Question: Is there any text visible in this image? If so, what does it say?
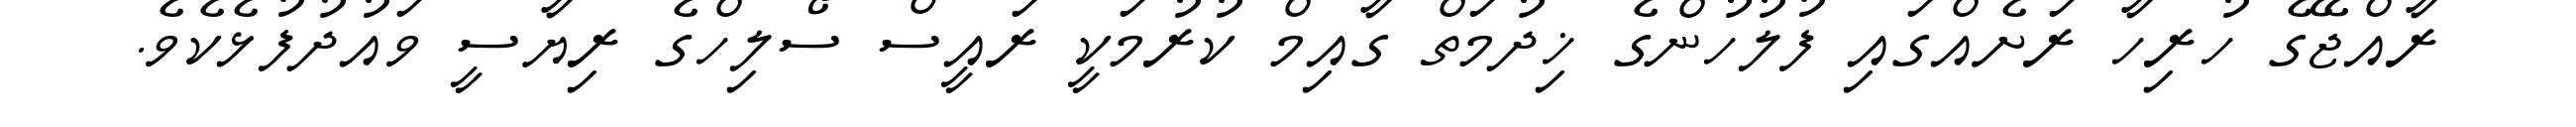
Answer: ރާއްޖޭގެ ހުރިހާ ރަށެއްގައި ފުލުހުންގެ ޚިދުމަތް ގާއިމް ކުރުމަކީ ރައީސް ސޯލިހްގެ ރިޔާސީ ވައުދުފުޅެކެވެ.